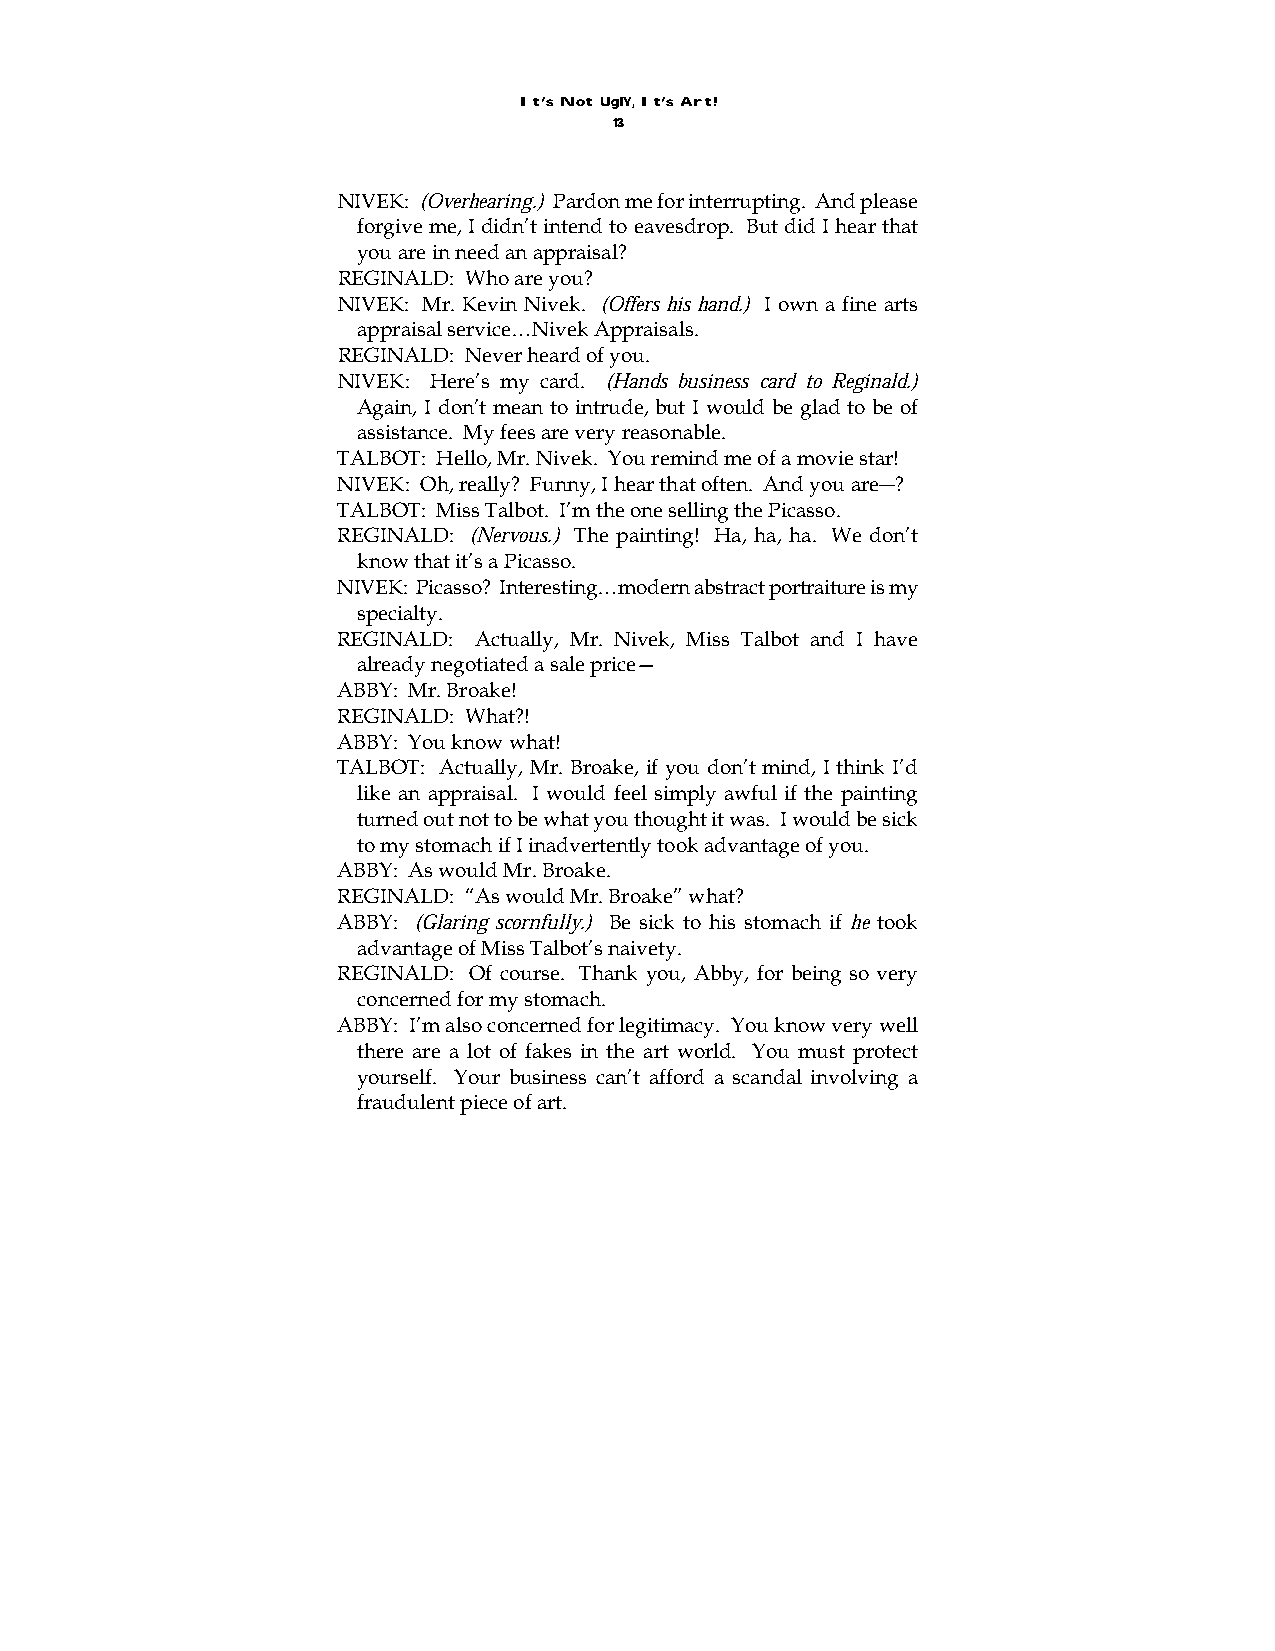
It’s Not UglY, It’s Art!
 13
 NIVEK: (Overhearing.) Pardon me for interrupting. And please
 forgive me, I didn’t intend to eavesdrop. But did I hear that
 you are in need an appraisal?
 REGINALD: Who are you?
 NIVEK: Mr. Kevin Nivek. (Offers his hand.) I own a fine arts
 appraisal service…Nivek Appraisals.
 REGINALD: Never heard of you.
 NIVEK: Here’s my card. (Hands business card to Reginald.)
 Again, I don’t mean to intrude, but I would be glad to be of
 assistance. My fees are very reasonable.
 TALBOT: Hello, Mr. Nivek. You remind me of a movie star!
 NIVEK: Oh, really? Funny, I hear that often. And you are―?
 TALBOT: Miss Talbot. I’m the one selling the Picasso.
 REGINALD: (Nervous.) The painting! Ha, ha, ha. We don’t
 know that it’s a Picasso.
 NIVEK: Picasso? Interesting…modern abstract portraiture is my
 specialty.
 REGINALD: Actually, Mr. Nivek, Miss Talbot and I have
 already negotiated a sale price—
 ABBY: Mr. Broake!
 REGINALD: What?!
 ABBY: You know what!
 TALBOT: Actually, Mr. Broake, if you don’t mind, I think I’d
 like an appraisal. I would feel simply awful if the painting
 turned out not to be what you thought it was. I would be sick
 to my stomach if I inadvertently took advantage of you.
 ABBY: As would Mr. Broake.
 REGINALD: “As would Mr. Broake” what?
 ABBY: (Glaring scornfully.) Be sick to his stomach if he took
 advantage of Miss Talbot’s naivety.
 REGINALD: Of course. Thank you, Abby, for being so very
 concerned for my stomach.
 ABBY: I’m also concerned for legitimacy. You know very well
 there are a lot of fakes in the art world. You must protect
 yourself. Your business can’t afford a scandal involving a
 fraudulent piece of art.